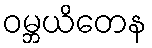
ဝမ္ဘယိတေန